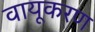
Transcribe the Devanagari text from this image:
वायूकरण